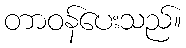
တာဝန်ပေးသည်။